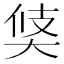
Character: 𱘳